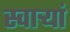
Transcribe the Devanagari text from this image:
स्वार्‍यां